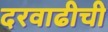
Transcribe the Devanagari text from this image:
दरवाढीची